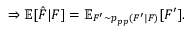
\Rightarrow \mathbb { E } [ \hat { F } | F ] = \mathbb { E } _ { F ^ { \prime } \sim p _ { p p } ( F ^ { \prime } | F ) } [ F ^ { \prime } ] .